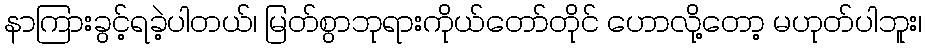
နာကြားခွင့်ရခဲ့ပါတယ်၊ မြတ်စွာဘုရားကိုယ်တော်တိုင် ဟောလို့တော့ မဟုတ်ပါဘူး၊